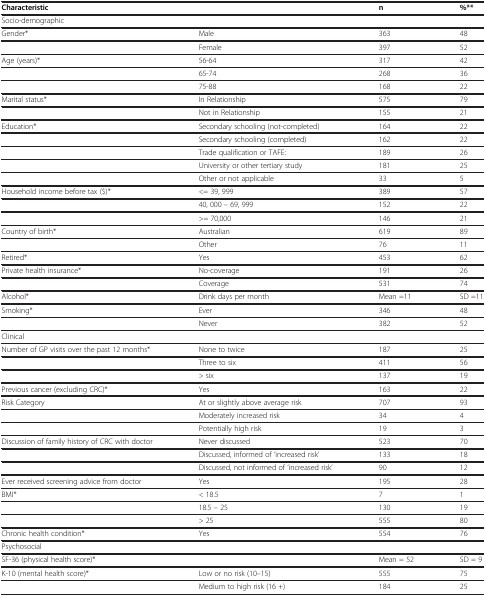
| Characteristic |  | n | %** |
 | --- | --- | --- | --- |
 | Socio-demographic |  |  |  |
 | Gender* | Male | 363 | 48 |
 |  | Female | 397 | 52 |
 | Age (years)* | 56-64 | 317 | 42 |
 |  | 65-74 | 268 | 36 |
 |  | 75-88 | 168 | 22 |
 | Marital status* | In Relationship | 575 | 79 |
 |  | Not in Relationship | 155 | 21 |
 | Education* | Secondary schooling (not-completed) | 164 | 22 |
 |  | Secondary schooling (completed) | 162 | 22 |
 |  | Trade qualification or TAFE: | 189 | 26 |
 |  | University or other tertiary study | 181 | 25 |
 |  | Other or not applicable | 33 | 5 |
 | Household income before tax ($)* | <= 39, 999 | 389 | 57 |
 |  | 40, 000 – 69, 999 | 152 | 22 |
 |  | >= 70,000 | 146 | 21 |
 | Country of birth* | Australian | 619 | 89 |
 |  | Other | 76 | 11 |
 | Retired* | Yes | 453 | 62 |
 | Private health insurance* | No-coverage | 191 | 26 |
 |  | Coverage | 531 | 74 |
 | Alcohol* | Drink days per month | Mean =11 | SD =11 |
 | Smoking* | Ever | 346 | 48 |
 |  | Never | 382 | 52 |
 | Clinical |  |  |  |
 | Number of GP visits over the past 12 months* | None to twice | 187 | 25 |
 |  | Three to six | 411 | 56 |
 |  | > six | 137 | 19 |
 | Previous cancer (excluding CRC)* | Yes | 163 | 22 |
 | Risk Category | At or slightly above average risk | 707 | 93 |
 |  | Moderately increased risk | 34 | 4 |
 |  | Potentially high risk | 19 | 3 |
 | Discussion of family history of CRC with doctor | Never discussed | 523 | 70 |
 |  | Discussed, informed of ‘increased risk’ | 133 | 18 |
 |  | Discussed, not informed of ‘increased risk’ | 90 | 12 |
 | Ever received screening advice from doctor | Yes | 195 | 28 |
 | BMI* | < 18.5 | 7 | 1 |
 |  | 18.5 – 25 | 130 | 19 |
 |  | > 25 | 555 | 80 |
 | Chronic health condition* | Yes | 554 | 76 |
 | Psychosocial |  |  |  |
 | SF-36 (physical health score)* |  | Mean = 52 | SD = 9 |
 | K-10 (mental health score)* | Low or no risk (10–15) | 555 | 75 |
 |  | Medium to high risk (16 +) | 184 | 25 |